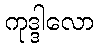
ကုဒ္ဒါလော